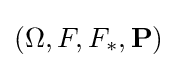
(\Omega ,F,F_{*},\mathbf {P} )